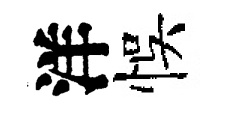
洋悞